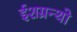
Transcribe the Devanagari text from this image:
ईशग्रन्थो